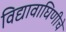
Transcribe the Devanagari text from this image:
विद्यावाघिणीचे